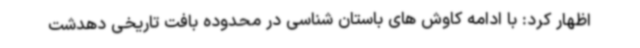
اظهار کرد: با ادامه کاوش های باستان شناسی در محدوده بافت تاریخی دهدشت